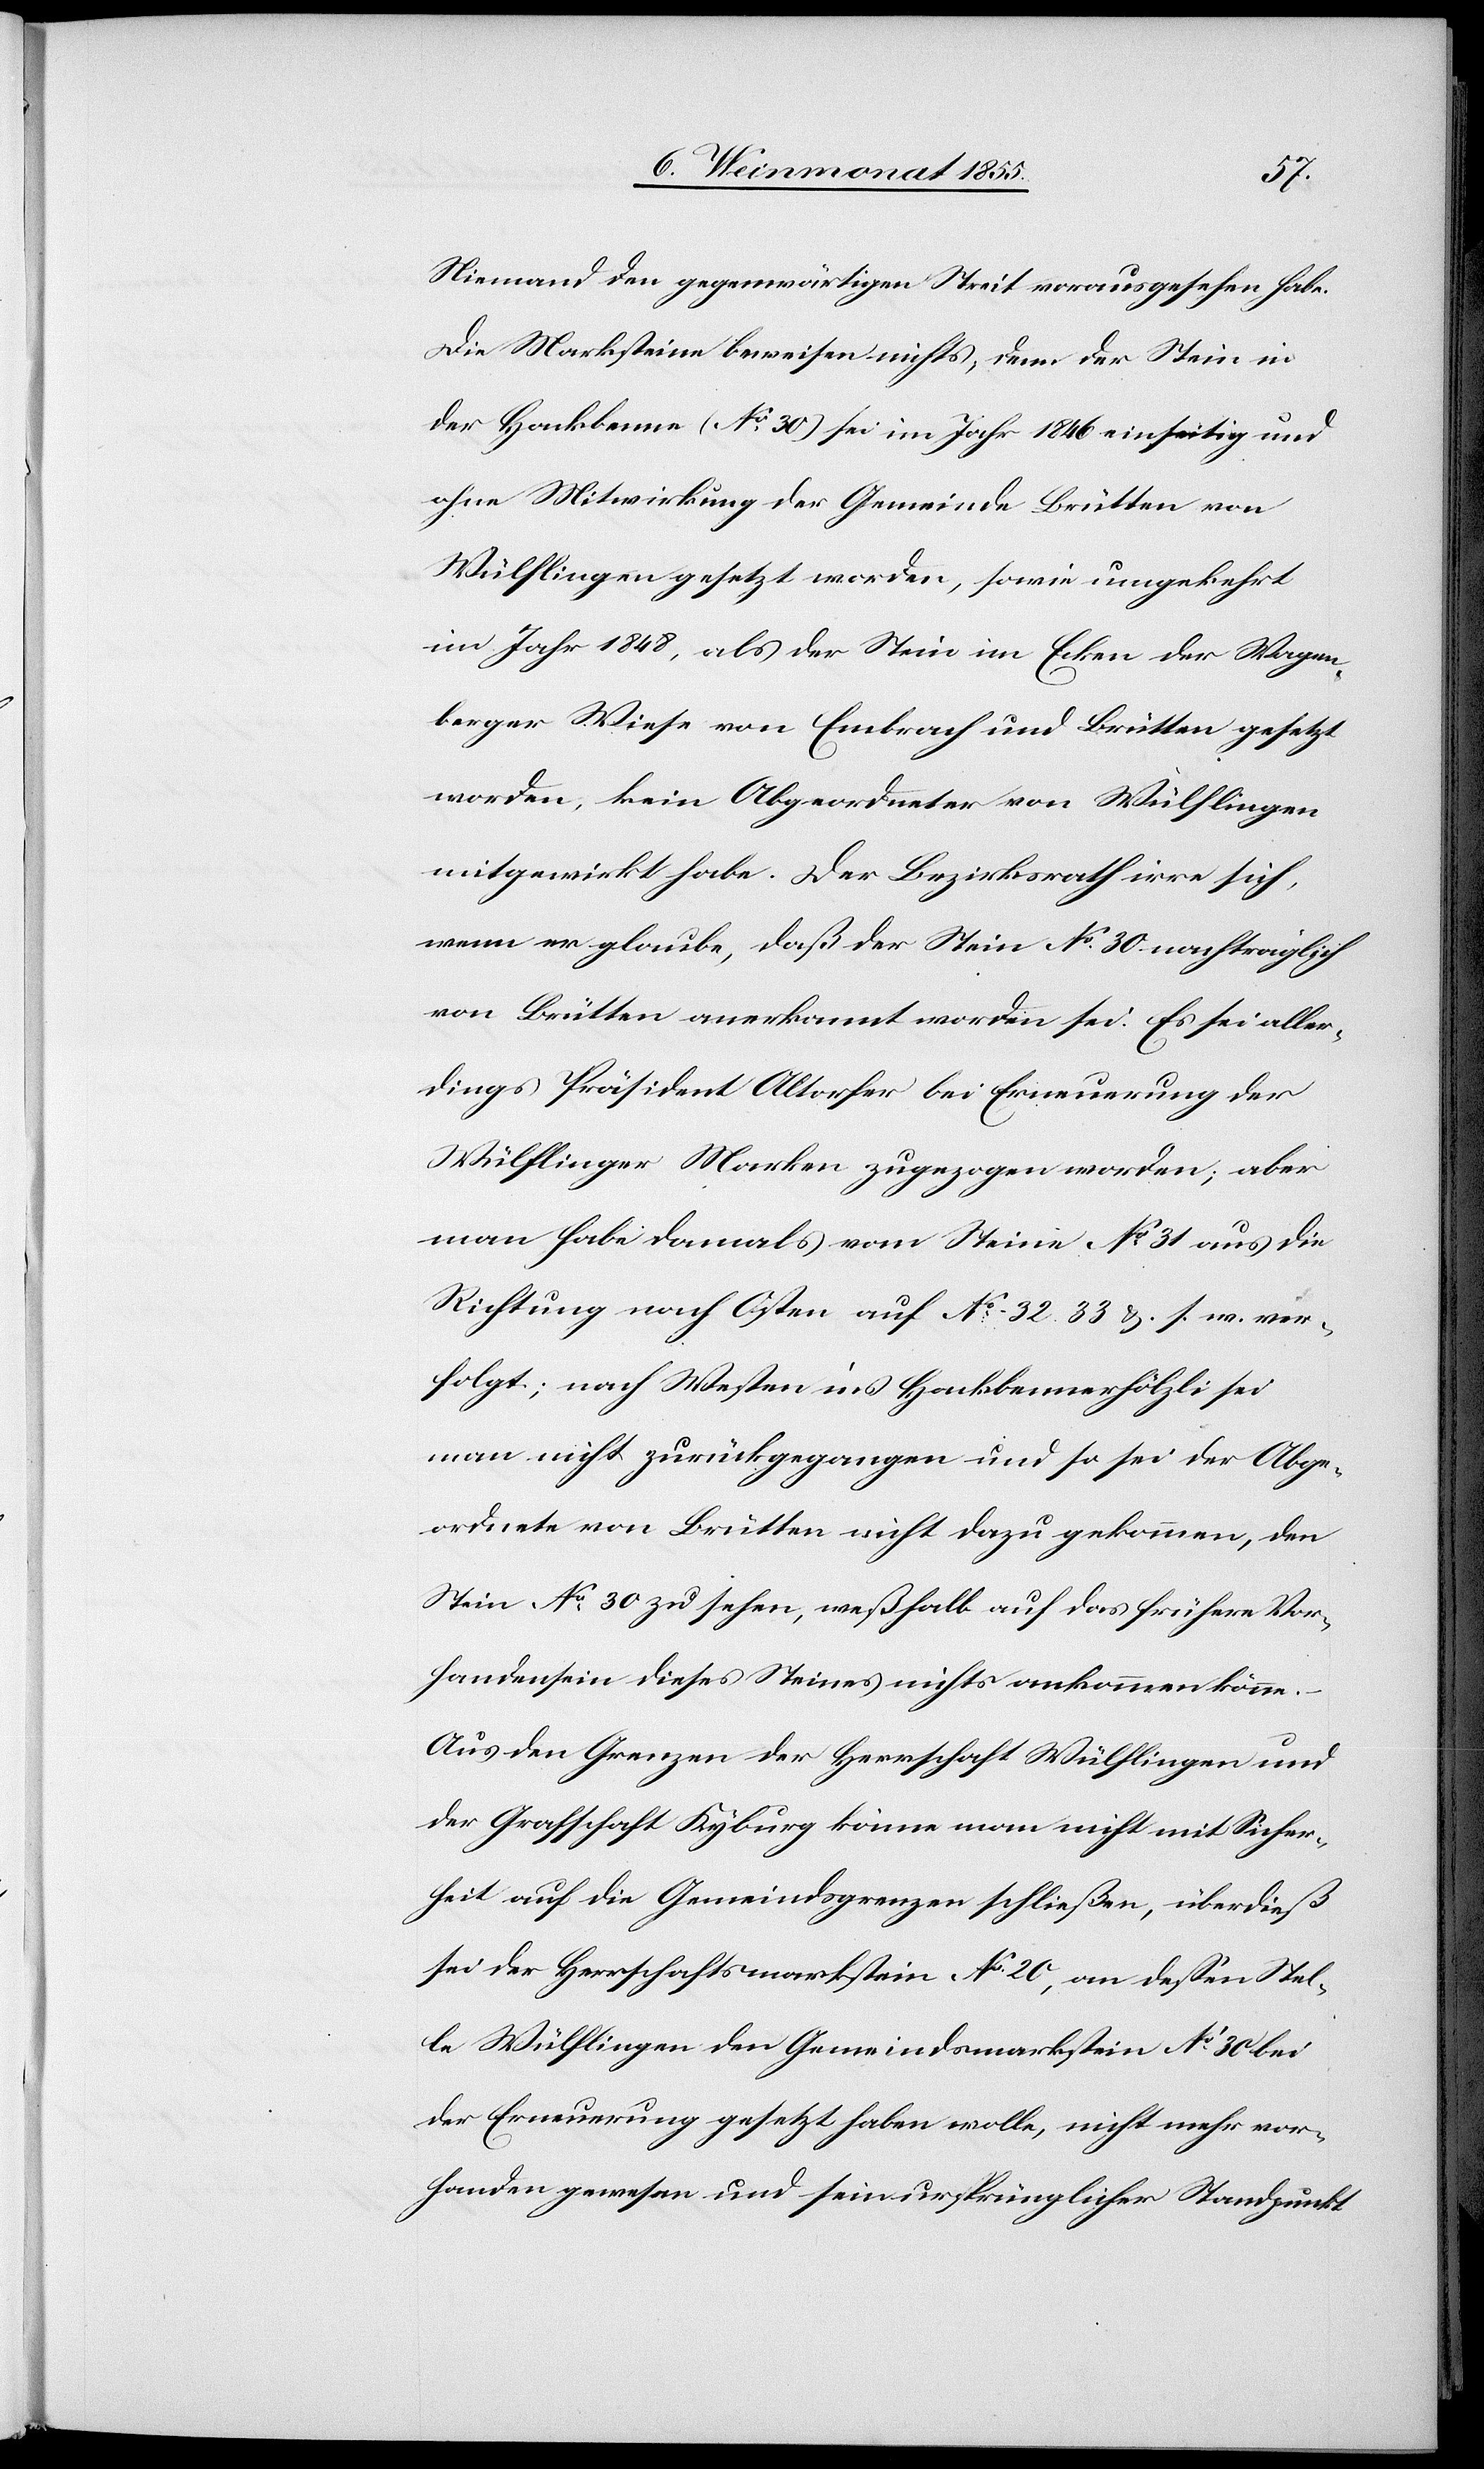
Niemand den gegenwärtigen Streit vorausgesehen habe.
Die Marksteine beweisen nichts, denn der Stein in
der Hackbenne (No 30) sei im Jahr 1846 einseitig und
ohne Mitwirkung der Gemeinde Brütten von
Wülflingen gesetzt worden, sowie umgekehrt
im Jahr 1848, als der Stein im Ecken der Wagen¬
berger Wiese von Embrach und Brütten gesetzt
worden, kein Abgeordneter von Wülflingen
mitgewirkt habe. Der Bezirksrath irre sich,
wenn er glaube, daß der Stein No. 30 nachträglich
von Brütten anerkannt worden sei. Es sei aller¬
dings Präsident Altorfer bei Erneuerung der
Wülflinger Marken zugezogen worden; aber
man habe damals vom Steine No 31 aus die
Richtung nach Osten auf No 32[,] 33 §. s. w. ver¬
folgt; nach Westen ins Hackbennerhölzli sei
man nicht zurückgegangen und so sei der Abge¬
ordnete von Brütten nicht dazu gekommen, den
Stein No 30 zu sehen, weßhalb auf das frühere Vor¬
handensein dieses Steines nichts ankommen könne.
Aus den Grenzen der Herrschaft Wülflingen und
der Grafschaft Kyburg könne man nicht mit Sicher¬
heit auf die Gemeindsgrenzen schließen, überdieß
sei der Herrschaftsmarkstein No 20, an dessen Stel¬
le Wülflingen den Gemeindsmarkstein No 30 bei
der Erneuerung gesetzt haben wolle, nicht mehr vor¬
handen gewesen und sein ursprünglicher Standpunkt